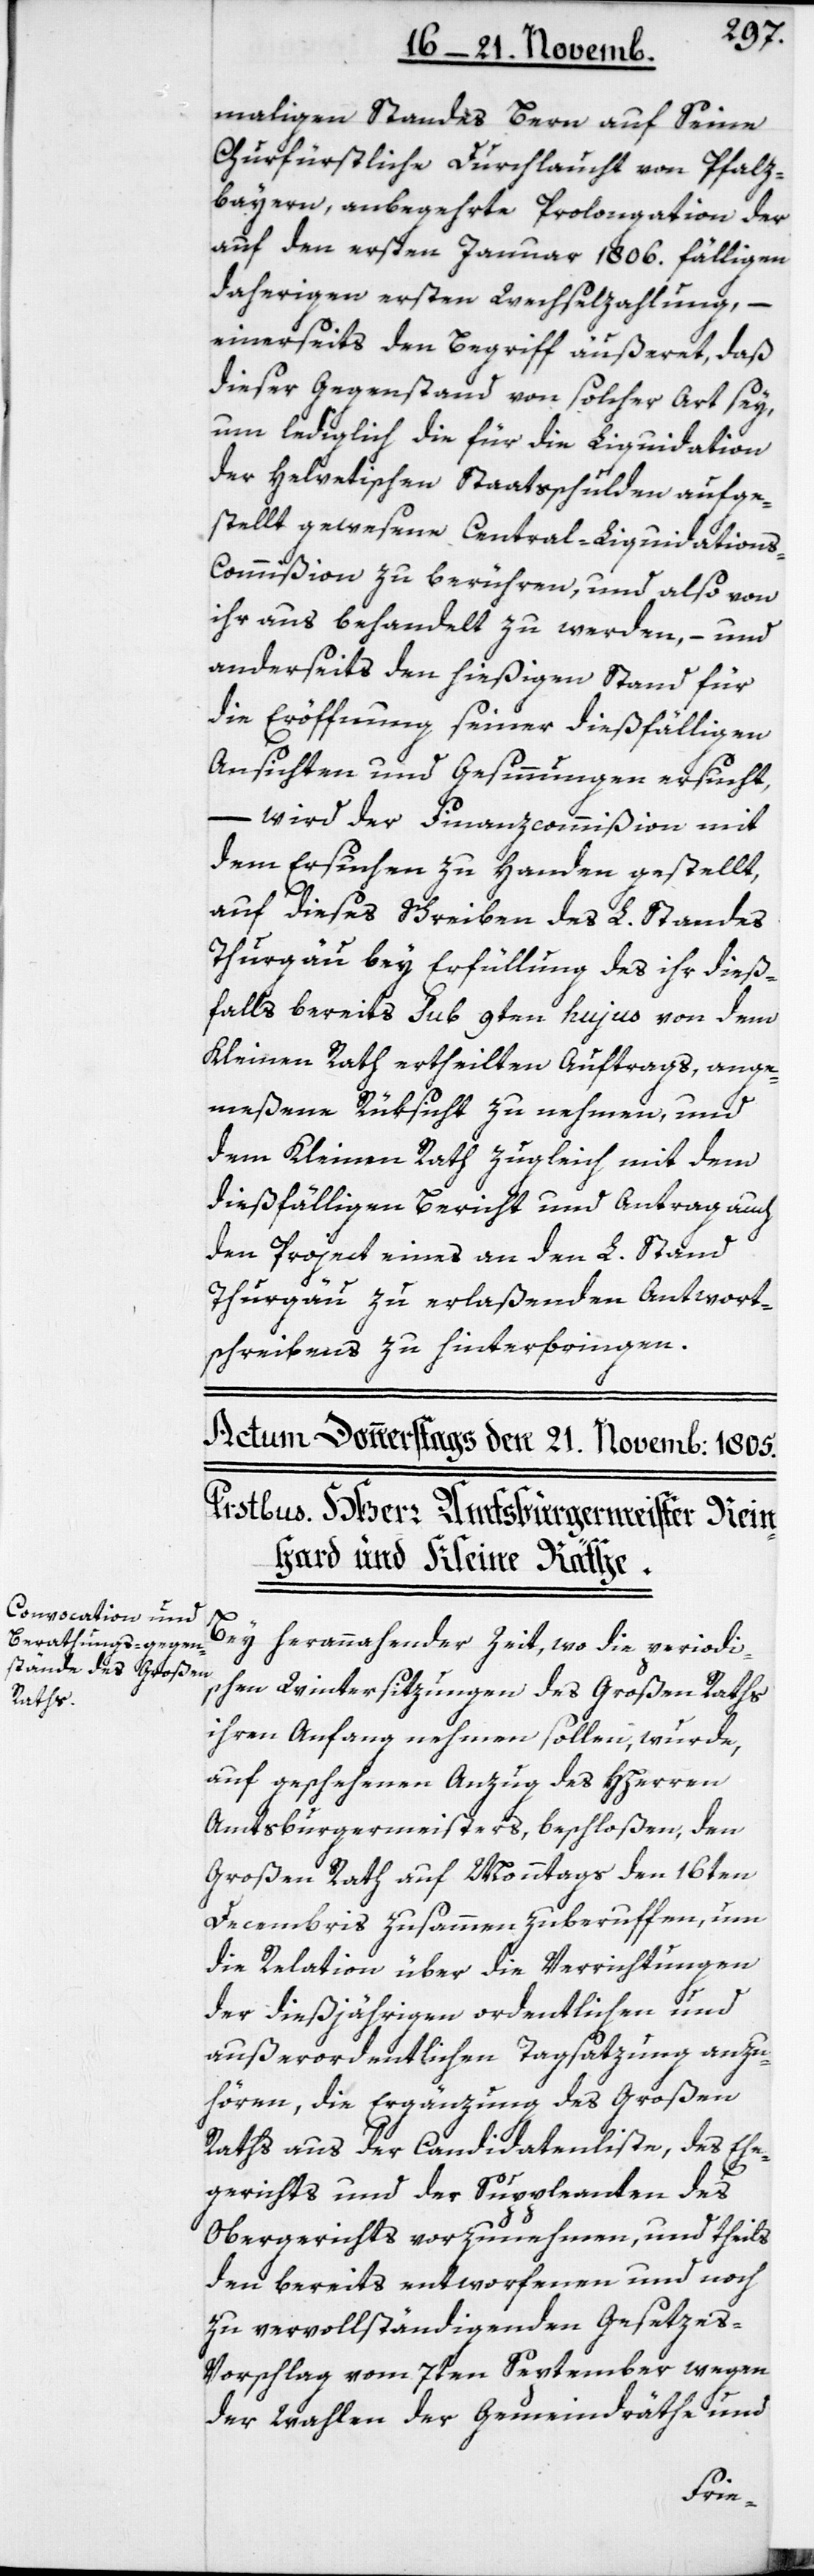
maligen Standes Bern auf Seine
Churfüstliche Durchlaucht von Pfalz¬
bayern, anbegehrte Prolongation der
auf den ersten Januar 1806. fälligen
daherigen ersten Wechselzahlung, –
einerseits den Begriff äußeret, daß
dieser Gegenstand von solcher Art sey,
um lediglich die für die Liquidation
der Helvetischen Staatsschulden aufge¬
stellt gewesenen Central-Liquidation¬
s-Commißion zu berühren, und also von
ihr aus behandelt zu werden, – und
anderseits den hießigen Stand für
die Eröffnung seiner dießfälligen
Ansichten und Gesinnungen ersucht,
– wird der Finanzcommißion mit
dem Ersuchen zu Handen gestellt,
auf dieses Schreiben des L. Standes
Thurgäu bey Erfüllung des ihr dieß¬
falls bereits sub 9ten hujus von dem
Kleinen Rath ertheilten Auftrags, ange¬
meßene Rüksicht zu nehmen, und
dem Kleinen Rath zugleich mit dem
dießfälligen Bericht und Antrag auch
den Project eines an den L. Stand
Thurgäu zu erlaßenden Antwort¬
schreibens zu hinterbringen.
Bei herannahender Zeit, wo die periodisc¬
hen Wintersitzungen des Großen Raths
ihren Anfang nehmen sollen, wurde
auf geschehenen Anzug des HHerren
Amtsburgermeisters beschloßen, den
Großen Rath auf Monntags den 16ten
Decembris zusammen zu beruffen, um
die Relation über die Verrichtungen
der diesjährigen ordentlichen und
außerordentlichen Tagsatzung anzu¬
hören, die Ergänzung des Großen
Raths aus der Candidatenliste, des Ehe¬
gerichts und der Suppleanten des
Obergerichts vorzunehmen, und theils
den bereits entworfenen und noch
zu vervollständigenden Gesetze¬
s-Vorschlag vom 7ten September wegen
der Wahlen der Gemeindräthe und